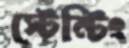
স্টেন্টিং